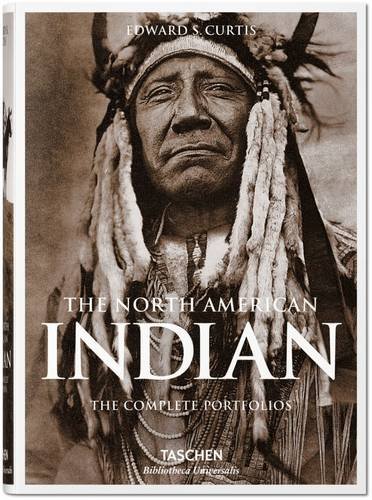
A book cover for The North American Indian: The Complete Portfolios; Edward Sheriff Curtis; Arts & Photography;